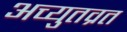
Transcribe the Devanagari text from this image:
अच्युतव्रत